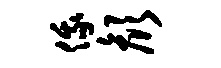
俄颜